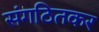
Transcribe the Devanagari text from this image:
संगठितकर